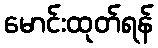
မောင်းထုတ်ရန်